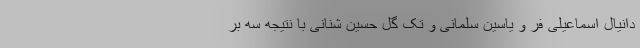
دانیال اسماعیلی فر و یاسین سلمانی و تک گل حسین شنانی با نتیجه سه بر